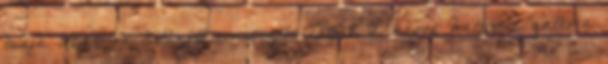
tudja 2020-ra kitűzött emissziós célját. A képre kattintva galéria